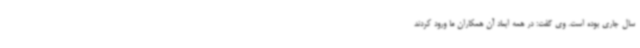
سال جاری بوده است. وی گفت: در همه ابعاد آن‌ همکاران ما ورود کردند